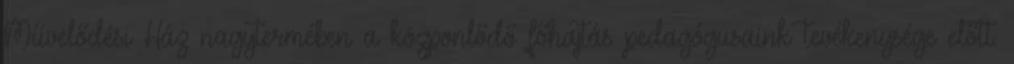
Művelődési Ház nagytermében a közponlődő főhajtás pedagógusaink tevékenysége előtt.